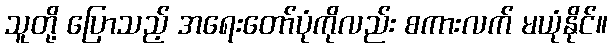
သူတို့ ပြောသည့် အရေးတော်ပုံကိုလည်း စကားလက် မယုံနိုင်။